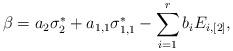
LaTeX: \begin{align*}\beta = a_2\sigma_{2}^\ast +a_{1,1}\sigma_{1,1}^\ast - \sum_{i=1}^r b_i E_{i,[2]},\end{align*}